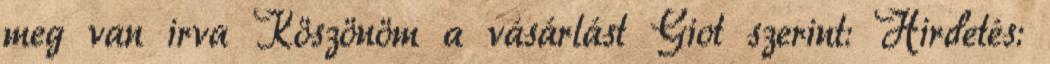
meg van irva Köszönöm a vásárlást Giot szerint: Hirdetés: